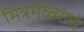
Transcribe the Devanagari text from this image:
मित्रमेळ्याचे